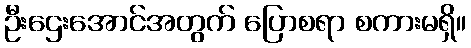
ဦးဌေးအောင်အတွက် ပြောစရာ စကားမရှိ။